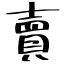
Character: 賣